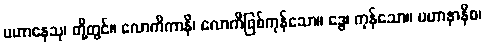
ပဟာနေသု၊ တို့တွင်။ လောကိကာနိ၊ လောကီဖြစ်ကုန်သော။ ဒွေ၊ ကုန်သော။ ပဟာနာနိစ၊